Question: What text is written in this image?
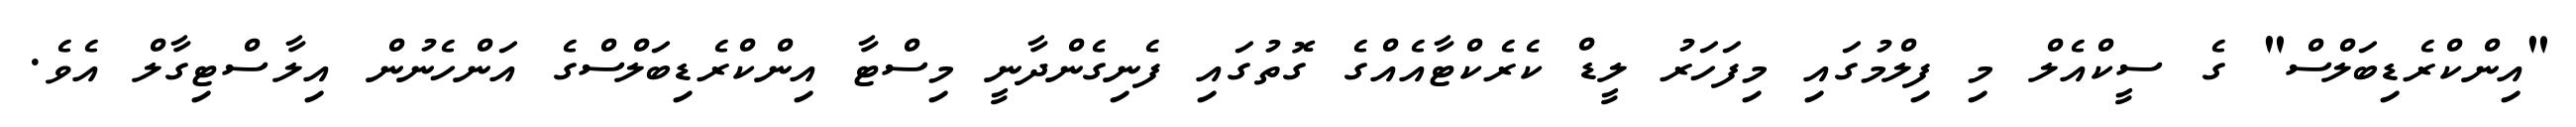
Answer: "އިންކްރެޑިބަލްސް" ގެ ސީކްއެލް މި ފިލްމުގައި މިފަހަރު ލީޑް ކެރެކްޓާއެއްގެ ގޮތުގައި ފެނިގެންދާނީ މިސްޓާ އިންކްރެޑިބަލްސްގެ އަންހެނުން އިލާސްޓިގާލް އެވެ.